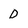
Character: D